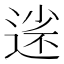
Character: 𡮗